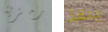
رمزية ينقذ